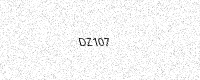
Text: DZ107